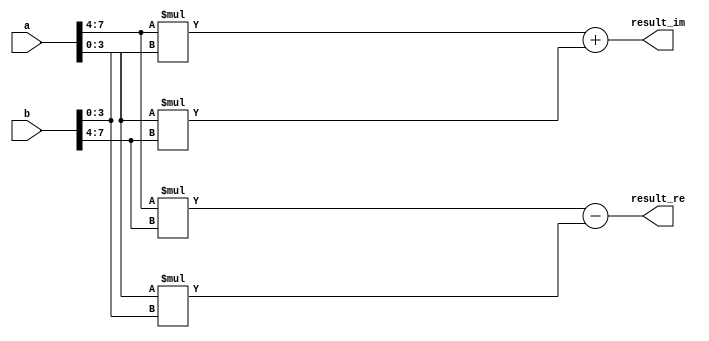
module mul_4bit(output reg [7:0] result_im, result_re, input [7:0] a,b);
	reg [7:0] temp1,temp2;
	always @(*)
	begin
		temp1 = a[7:4] * b[3:0];
		temp2 = a[3:0] * b[7:4];
		result_im = temp1 + temp2;
		temp1 = a[3:0] * b[3:0];
		temp2 = a[7:4] * b[7:4];
		result_re = temp2 - temp1;
	end
endmodule